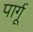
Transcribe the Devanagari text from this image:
पार्गू